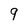
Character: 9